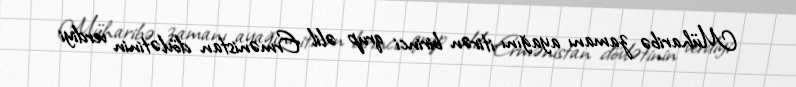
Müharibə zamanı ayağını itirən birinci qrup əlil Ermənistan dövlətinin verdiyi